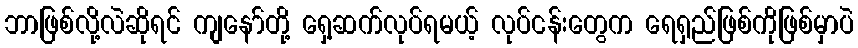
ဘာဖြစ်လို့လဲဆိုရင် ကျနော်တို့ ရှေ့ဆက်လုပ်ရမယ့် လုပ်ငန်းတွေက ရေရှည်ဖြစ်ကိုဖြစ်မှာပဲ